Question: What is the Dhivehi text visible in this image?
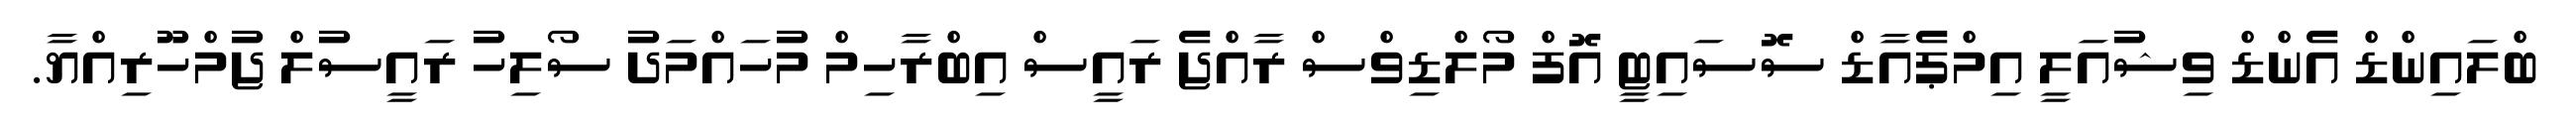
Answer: ބްލައިންޑް އެންޑް ވިޝުއަލީ އިމްޕެއާޑް ސޮސައިޓީ އޮފް މޯލްޑިވްސް ރާއްޖެ ރައީސް އިބްރާހިމް މުހައްމަދު ސޯލިހު ރައީސުލް ޖުމްހޫރިއްޔާ.